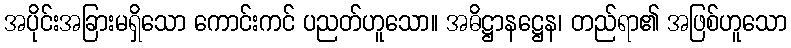
အပိုင်းအခြားမရှိသော ကောင်းကင် ပညတ်ဟူသော။ အဓိဋ္ဌာနဋ္ဌေန၊ တည်ရာ၏ အဖြစ်ဟူသော